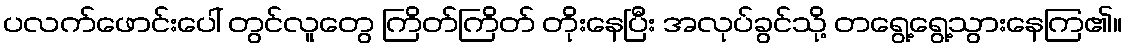
ပလက်ဖောင်းပေါ် တွင်လူတွေ ကြိတ်ကြိတ် တိုးနေပြီး အလုပ်ခွင်သို့ တရွေ့ရွေ့သွားနေကြ၏။